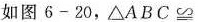
如图6-20，△ABC≌